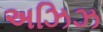
અઝિઝ